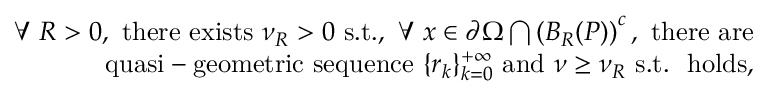
\begin{array} { r l r } & { } & { \forall \, \, R > 0 , \, \, \mathrm { t h e r e ~ e x i s t s } \, \, \nu _ { R } > 0 \, \, \mathrm { s . t . } , \, \, \forall \, \, x \in \partial \Omega \bigcap \left( B _ { R } ( P ) \right) ^ { c } , \, \, \mathrm { t h e r e ~ a r e } } \\ & { } & { \mathrm { q u a s i - g e o m e t r i c ~ s e q u e n c e } \, \, \{ r _ { k } \} _ { k = 0 } ^ { + \infty } \, \, \mathrm { a n d } \, \, \nu \geq \nu _ { R } \, \, \mathrm { s . t . } \, \, \, \, \mathrm { h o l d s } , } \end{array}